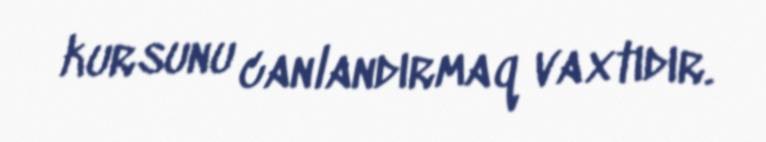
kursunu canlandırmaq vaxtıdır.